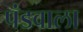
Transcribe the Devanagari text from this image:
पंडवाला